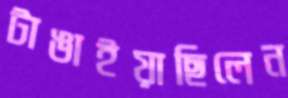
টাঙাইয়াছিলেন